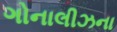
ગોનાલીઝના